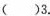
( )3.